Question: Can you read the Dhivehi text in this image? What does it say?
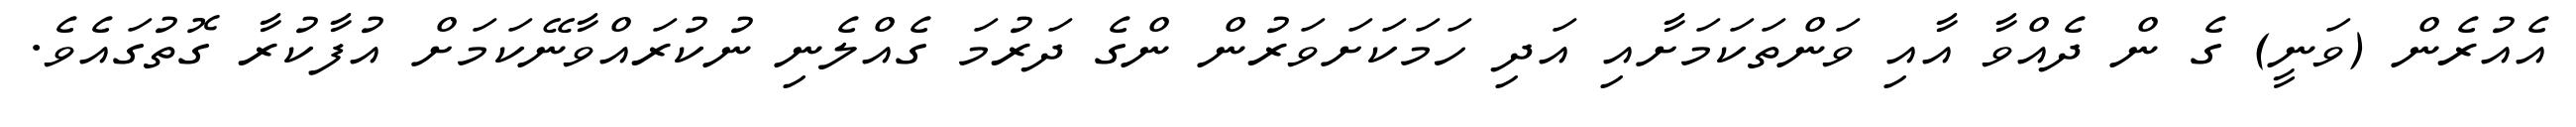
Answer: އެއުރެން (ވަނީ) ގެ ން ދެއްވާ އާއި ވަންތަކަމަށާއި އަދި ހަމަކަށަވަރުން ންގެ ދަރުމަ ގެއްލެނި ނުކުރައްވާނޭކަމަށް އުފާކުރާ ގޮތުގައެވެ.